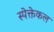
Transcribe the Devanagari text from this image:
स्पेक्तेकल